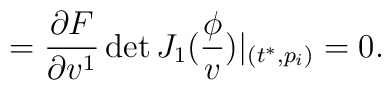
=\frac{\partial F}{\partial v^1}\det J_1(\frac \phi v)|_{(t^{*},p_i)}=0.